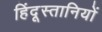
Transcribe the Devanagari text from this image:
हिंदूस्तानियों